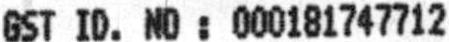
GST ID. NO : 000181747712